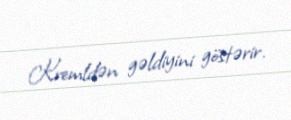
Kremldən gəldiyini göstərir.